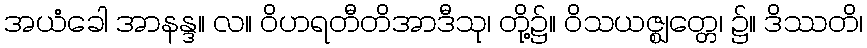
အယံခေါ အာနန္ဒ။ လ။ ဝိဟရတီတိအာဒီသု၊ တို့၌။ ဝိသယဇ္ဈတ္တေ၊ ၌။ ဒိဿတိ၊